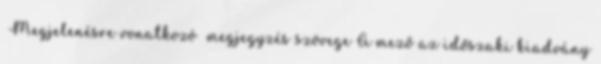
Megjelenésre vonatkozó megjegyzés szövege A mező az időszaki kiadvány